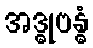
အဒ္ဓုဗန္ဓံ